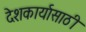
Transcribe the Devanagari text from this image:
देशकार्यासाठी